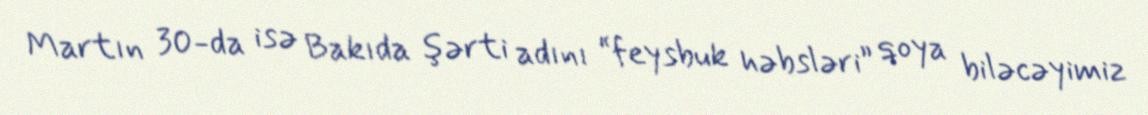
Martın 30-da isə Bakıda şərti adını “feysbuk həbsləri” qoya biləcəyimiz